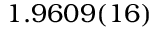
1 . 9 6 0 9 ( 1 6 )